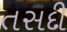
તસદી